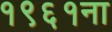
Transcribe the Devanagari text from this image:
१९६१ना